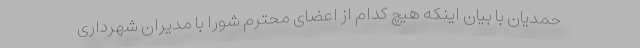
حمدیان با بیان اینکه هیچ کدام از اعضای محترم شورا با مدیران شهرداری